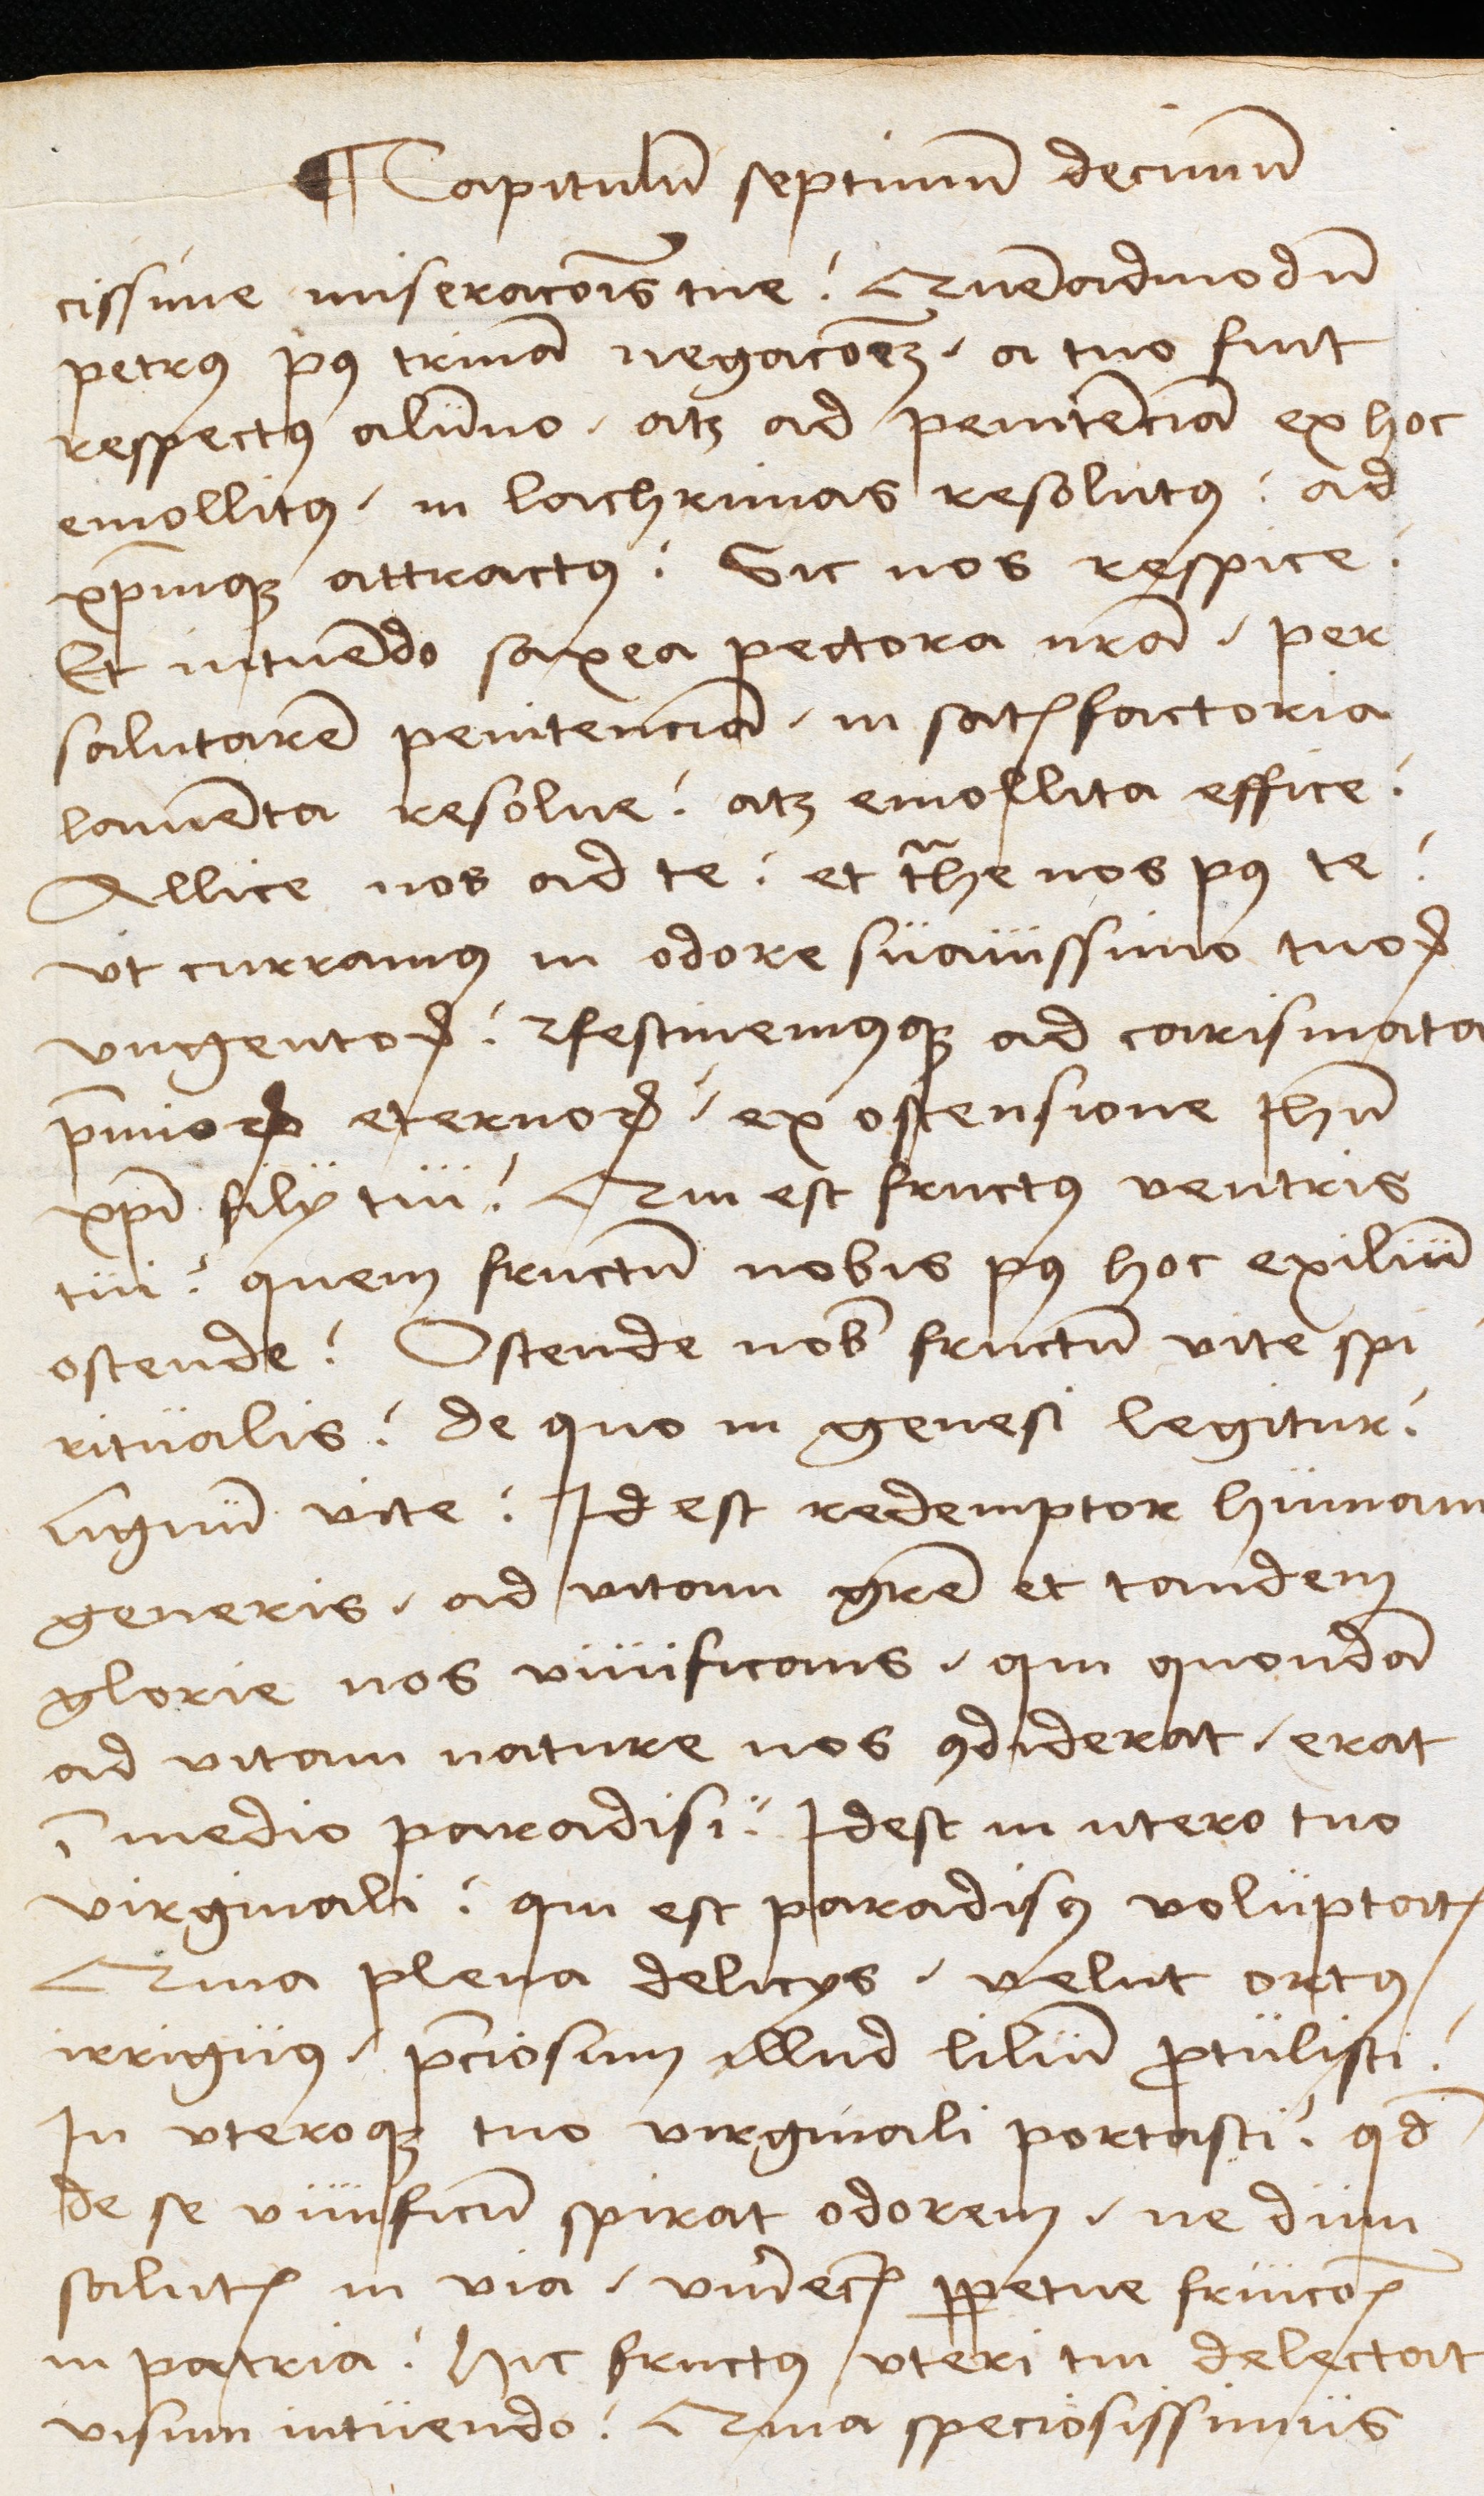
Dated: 1489–1489